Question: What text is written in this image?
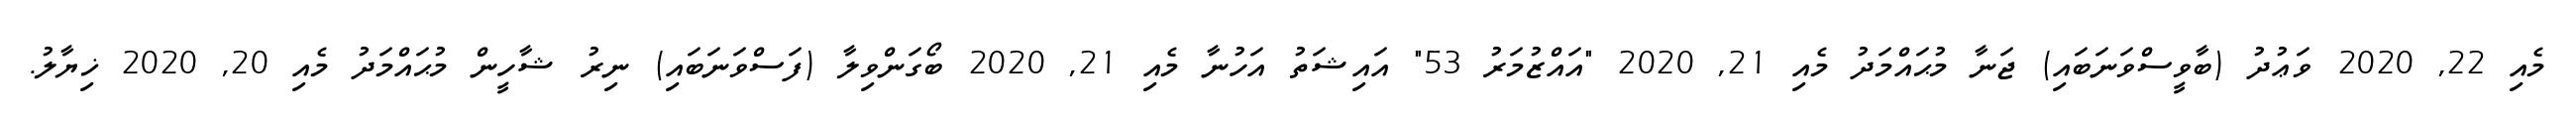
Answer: މެއި 22, 2020 ވަޢުދު (ބާވީސްވަނަބައި) ޖަނާ މުޙައްމަދު މެއި 21, 2020 "އައްޒުމަރު 53" އައިޝަތު އަހުނާ މެއި 21, 2020 ބޯގަންވިލާ (ފަސްވަނަބައި) ނިރު ޝާހީން މުޙައްމަދު މެއި 20, 2020 ޚިޔާލު.